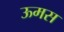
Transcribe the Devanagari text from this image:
ऊमस